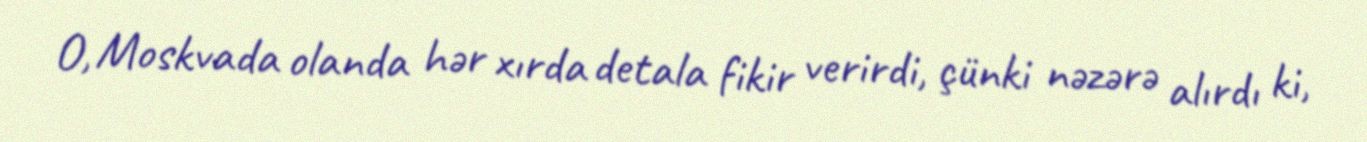
O, Moskvada olanda hər xırda detala fikir verirdi, çünki nəzərə alırdı ki,